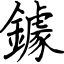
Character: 鐻